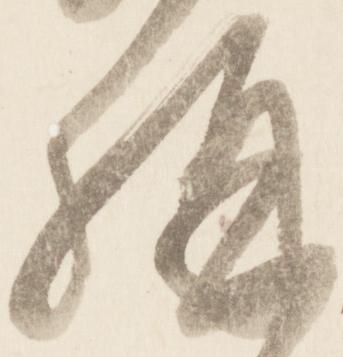
構